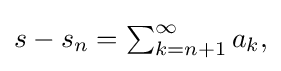
{\textstyle s-s_{n}=\sum _{k=n+1}^{\infty }a_{k},}